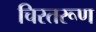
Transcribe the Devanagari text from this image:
चिरतरूण